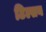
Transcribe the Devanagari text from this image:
टिल्सन